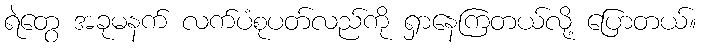
ရဲတွေ အခုမနက် လက်ပံစုပတ်လည်ကို ရှာနေကြတယ်လို့ ပြောတယ်။